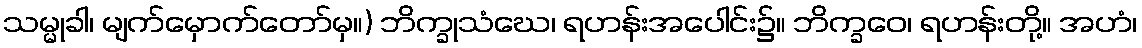
သမ္မုခါ၊ မျက်မှောက်တော်မှ။) ဘိက္ခုသံဃေ၊ ရဟန်းအပေါင်း၌။ ဘိက္ခဝေ၊ ရဟန်းတို့။ အဟံ၊